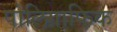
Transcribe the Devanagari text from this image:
पोलिग्राफिक